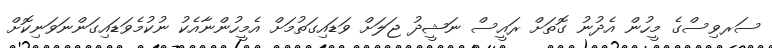
ސަރވިސްގެ މީހުން އެދުނު ގޮތަށް ރައީސް ނަޝީދު ޖަލަށް ވަޑައިގަތުމަށް އެމީހުންނާއެކު ނުކުމެވަޑައިގަންނަވަނިކޮށް